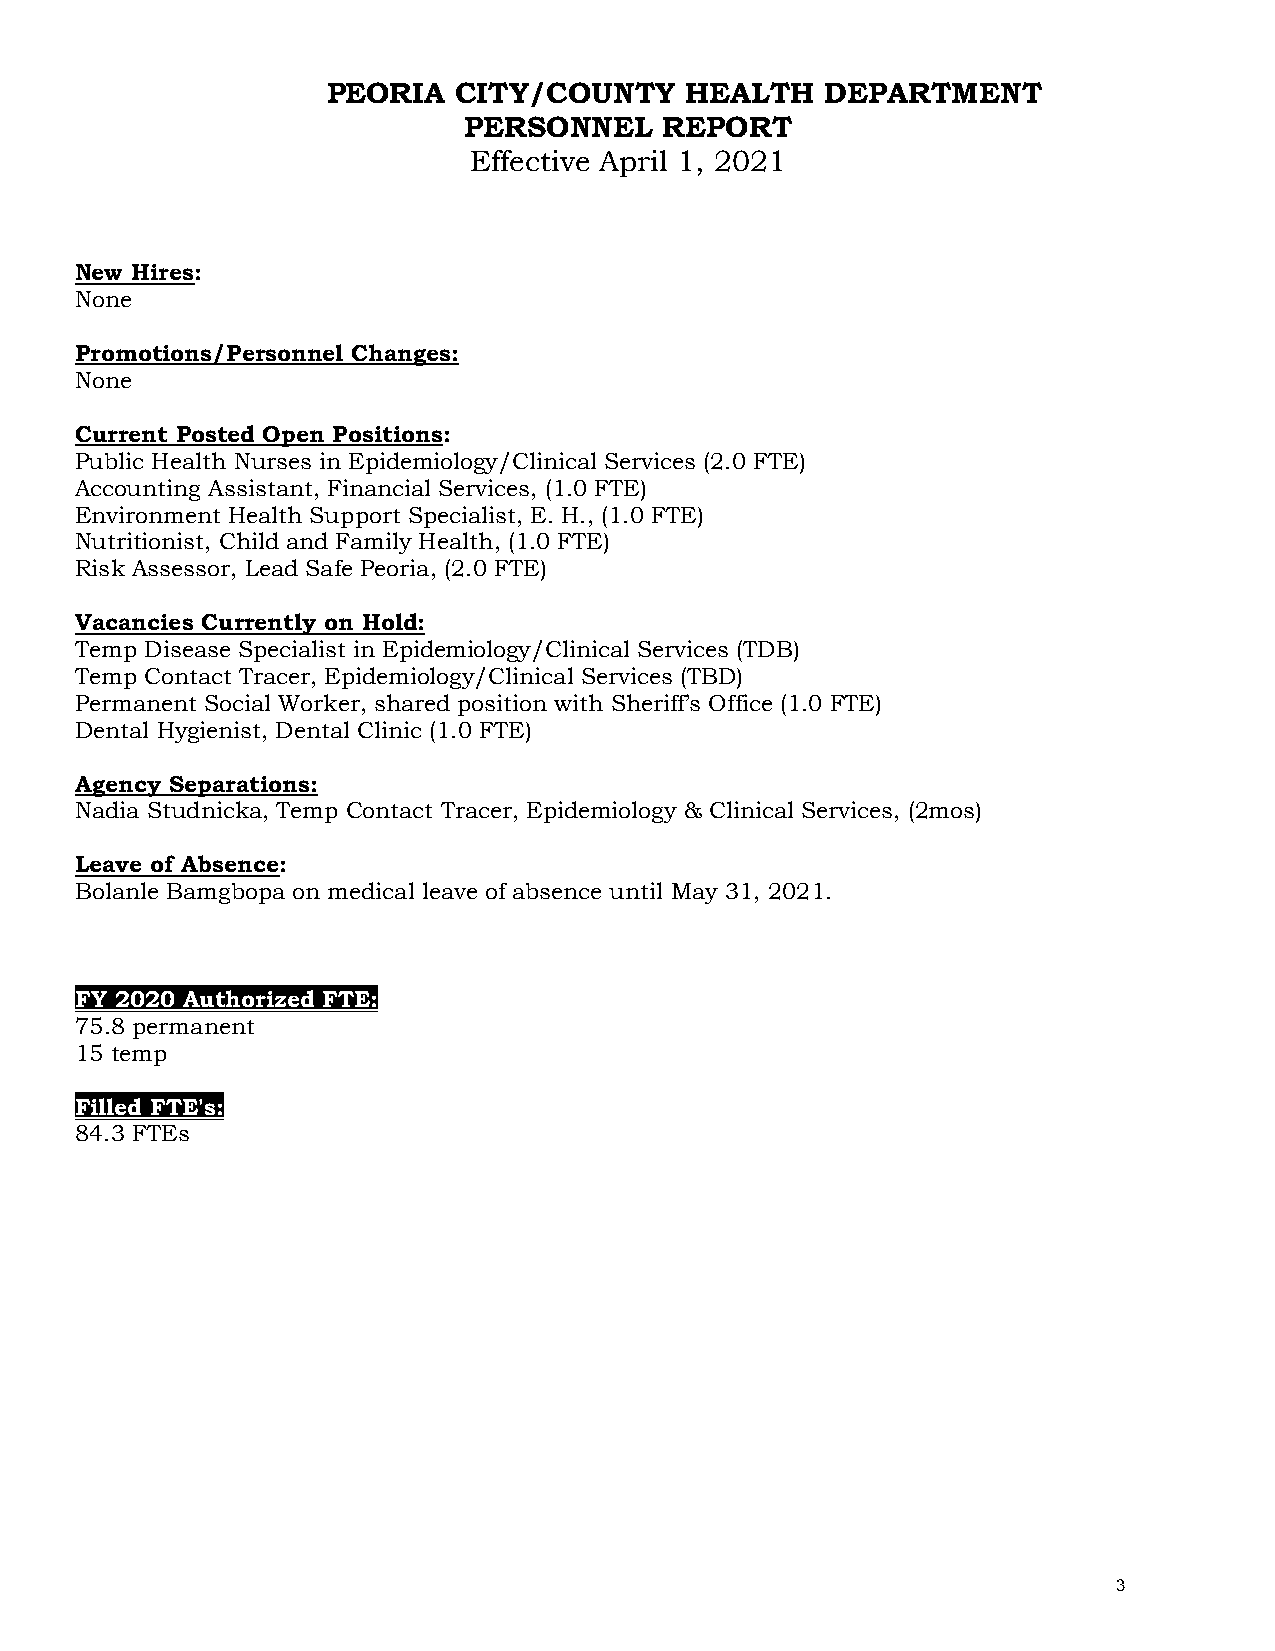
PEORIA  CITY/COUNTY    HEALTH    DEPARTMENT
 PERSONNEL    REPORT
 Effective April 1, 2021
 New Hires:
 None
 Promotions/Personnel Changes:
 None
 Current Posted Open Positions:
 Public Health Nurses in Epidemiology/Clinical Services (2.0 FTE)
 Accounting Assistant, Financial Services, (1.0 FTE)
 Environment Health Support Specialist, E. H., (1.0 FTE)
 Nutritionist, Child and Family Health, (1.0 FTE)
 Risk Assessor, Lead Safe Peoria, (2.0 FTE)
 Vacancies Currently on Hold:
 Temp Disease Specialist in Epidemiology/Clinical Services (TDB)
 Temp Contact Tracer, Epidemiology/Clinical Services (TBD)
 Permanent Social Worker, shared position with Sheriff’s Office (1.0 FTE)
 Dental Hygienist, Dental Clinic (1.0 FTE)
 Agency Separations:
 Nadia Studnicka, Temp Contact Tracer, Epidemiology & Clinical Services, (2mos)
 Leave of Absence:
 Bolanle Bamgbopa on medical leave of absence until May 31, 2021.
 FY 2020 Authorized FTE:
 75.8 permanent
 15 temp
 Filled FTE's:
 84.3 FTEs
 3